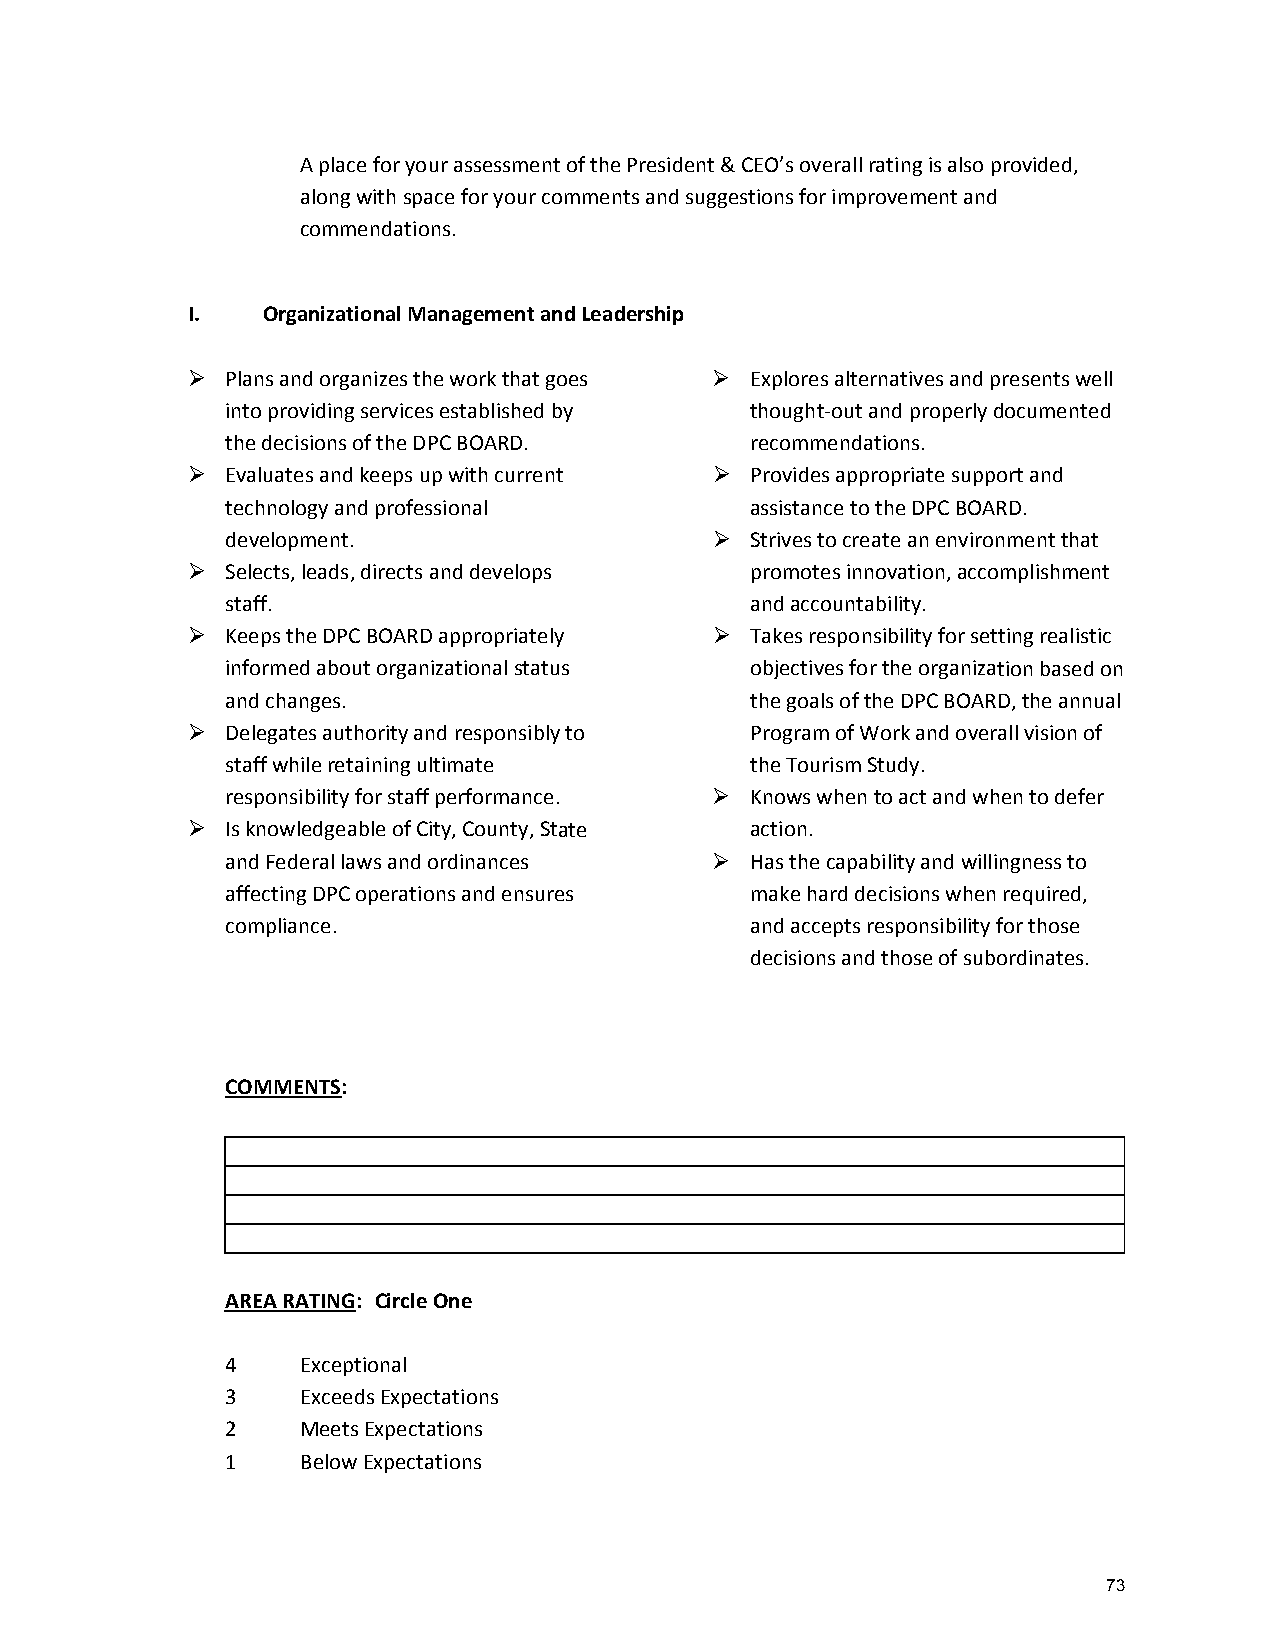
A place for your assessment of the President & CEO’s overall rating is also provided,
 along with space for your comments and suggestions for improvement and
 commendations.
 I.   Organizational Management and Leadership
   Plans and organizes the work that goes  Explores alternatives and presents well
 into providing services established by thought‐out and properly documented
 the decisions of the DPC BOARD.    recommendations.
   Evaluates and keeps up with current  Provides appropriate support and
 technology and professional        assistance to the DPC BOARD.
 development.                      Strives to create an environment that
   Selects, leads, directs and develops promotes innovation, accomplishment
 staff.                             and accountability.
   Keeps the DPC BOARD appropriately  Takes responsibility for setting realistic
 informed about organizational status objectives for the organization based on
 and changes.                       the goals of the DPC BOARD, the annual
   Delegates authority and responsibly to Program of Work and overall vision of
 staff while retaining ultimate     the Tourism Study.
 responsibility for staff performance.  Knows when to act and when to defer
   Is knowledgeable of City, County, State action.
 and Federal laws and ordinances   Has the capability and willingness to
 affecting DPC operations and ensures make hard decisions when required,
 compliance.                        and accepts responsibility for those
 decisions and those of subordinates.
 COMMENTS:
 AREA RATING: Circle One
 4    Exceptional
 3    Exceeds Expectations
 2    Meets Expectations
 1    Below Expectations
 73